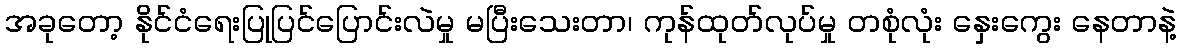
အခုတော့ နိုင်ငံရေးပြုပြင်ပြောင်းလဲမှု မပြီးသေးတာ၊ ကုန်ထုတ်လုပ်မှု တစုံလုံး နှေးကွေး နေတာနဲ့